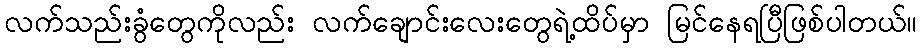
လက်သည်းခွံတွေကိုလည်း လက်ချောင်းလေးတွေရဲ့ထိပ်မှာ မြင်နေရပြီဖြစ်ပါတယ်။